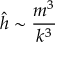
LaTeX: \hat { h } \sim { \frac { m ^ { 3 } } { k ^ { 3 } } }